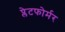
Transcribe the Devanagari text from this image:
प्लेटफोर्मर